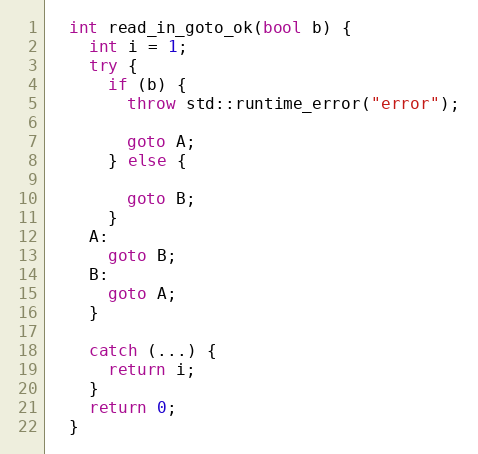
Language: C++
  int read_in_goto_ok(bool b) {
    int i = 1;
    try {
      if (b) {
        throw std::runtime_error("error");

        goto A;
      } else {

        goto B;
      }
    A:
      goto B;
    B:
      goto A;
    }

    catch (...) {
      return i;
    }
    return 0;
  }